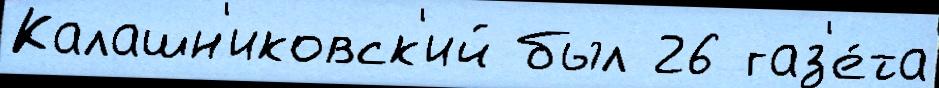
Калашн'иковск'ий был 26 газ'е́та